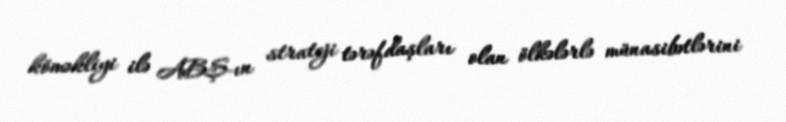
köməkliyi ilə ABŞ-ın strateji tərəfdaşları olan ölkələrlə münasibətlərini